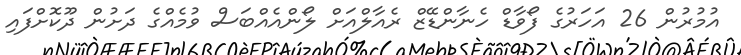
އުމުރުން 26 އަހަރުގެ ފޯވާޑް ހެނާންޑޭޒް ރެއާލްއަށް ލޯންއެއްބަސް ވުމެއްގެ ދަށުން ދޫކޮށްފައި